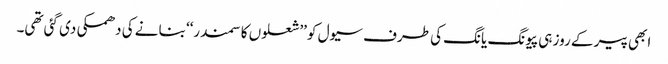
ابھی پیر کے روز ہی پیونگ یانگ کی طرف سیول کو ’’شعلوں کا سمندر‘‘ بنانے کی دھمکی دی گئی تھی۔